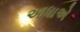
આધાએ